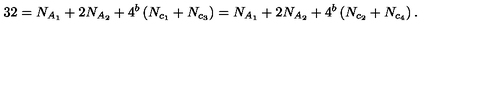
3 2 = N _ { A _ { 1 } } + 2 N _ { A _ { 2 } } + 4 ^ { b } \left( N _ { c _ { 1 } } + N _ { c _ { 3 } } \right) = N _ { A _ { 1 } } + 2 N _ { A _ { 2 } } + 4 ^ { b } \left( N _ { c _ { 2 } } + N _ { c _ { 4 } } \right) . \nonumber